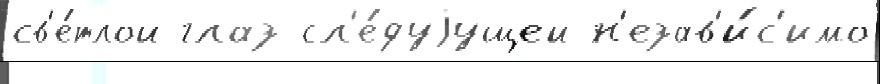
св'е́тлой глаз сл'е́дуjущей н'езав'и́с'имо